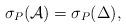
LaTeX: \begin{align*} \sigma_P({\cal A})=\sigma_P(\Delta), \end{align*}